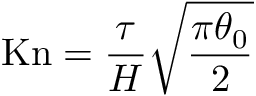
\mathrm { K n } = \frac { \tau } { H } \sqrt { \frac { \pi \theta _ { 0 } } { 2 } }